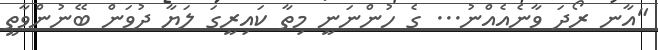
"އާނ ރޯދަ ވާނެއެއްނު... ގެ ހުންނަނީ މިތާ ކައިރީގަ ލަޔާ ދުވަން ބޭނުންވާތީ